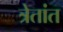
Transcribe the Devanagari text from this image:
त्रेतांत